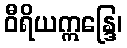
ဝီရိယဣန္ဒြေ၊